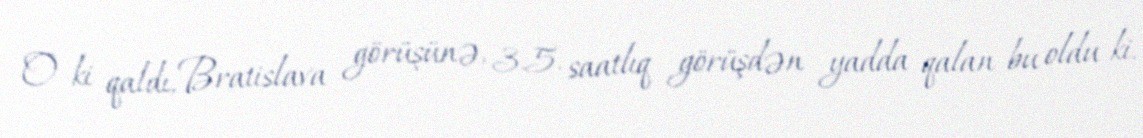
O ki qaldı, Bratislava görüşünə, 3.5. saatlıq görüşdən yadda qalan bu oldu ki,